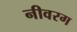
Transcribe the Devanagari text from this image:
नीवरग